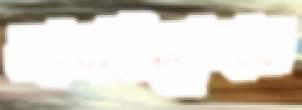
আতাইখোলার